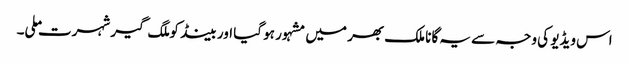
اس ویڈیو کی وجہ سے یہ گانا ملک بھر میں مشہور ہو گیا اور بینڈ کو ملگ گیر شہرت ملی۔